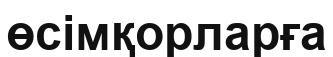
өсімқорларға